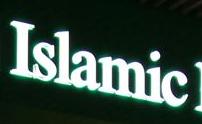
islamic